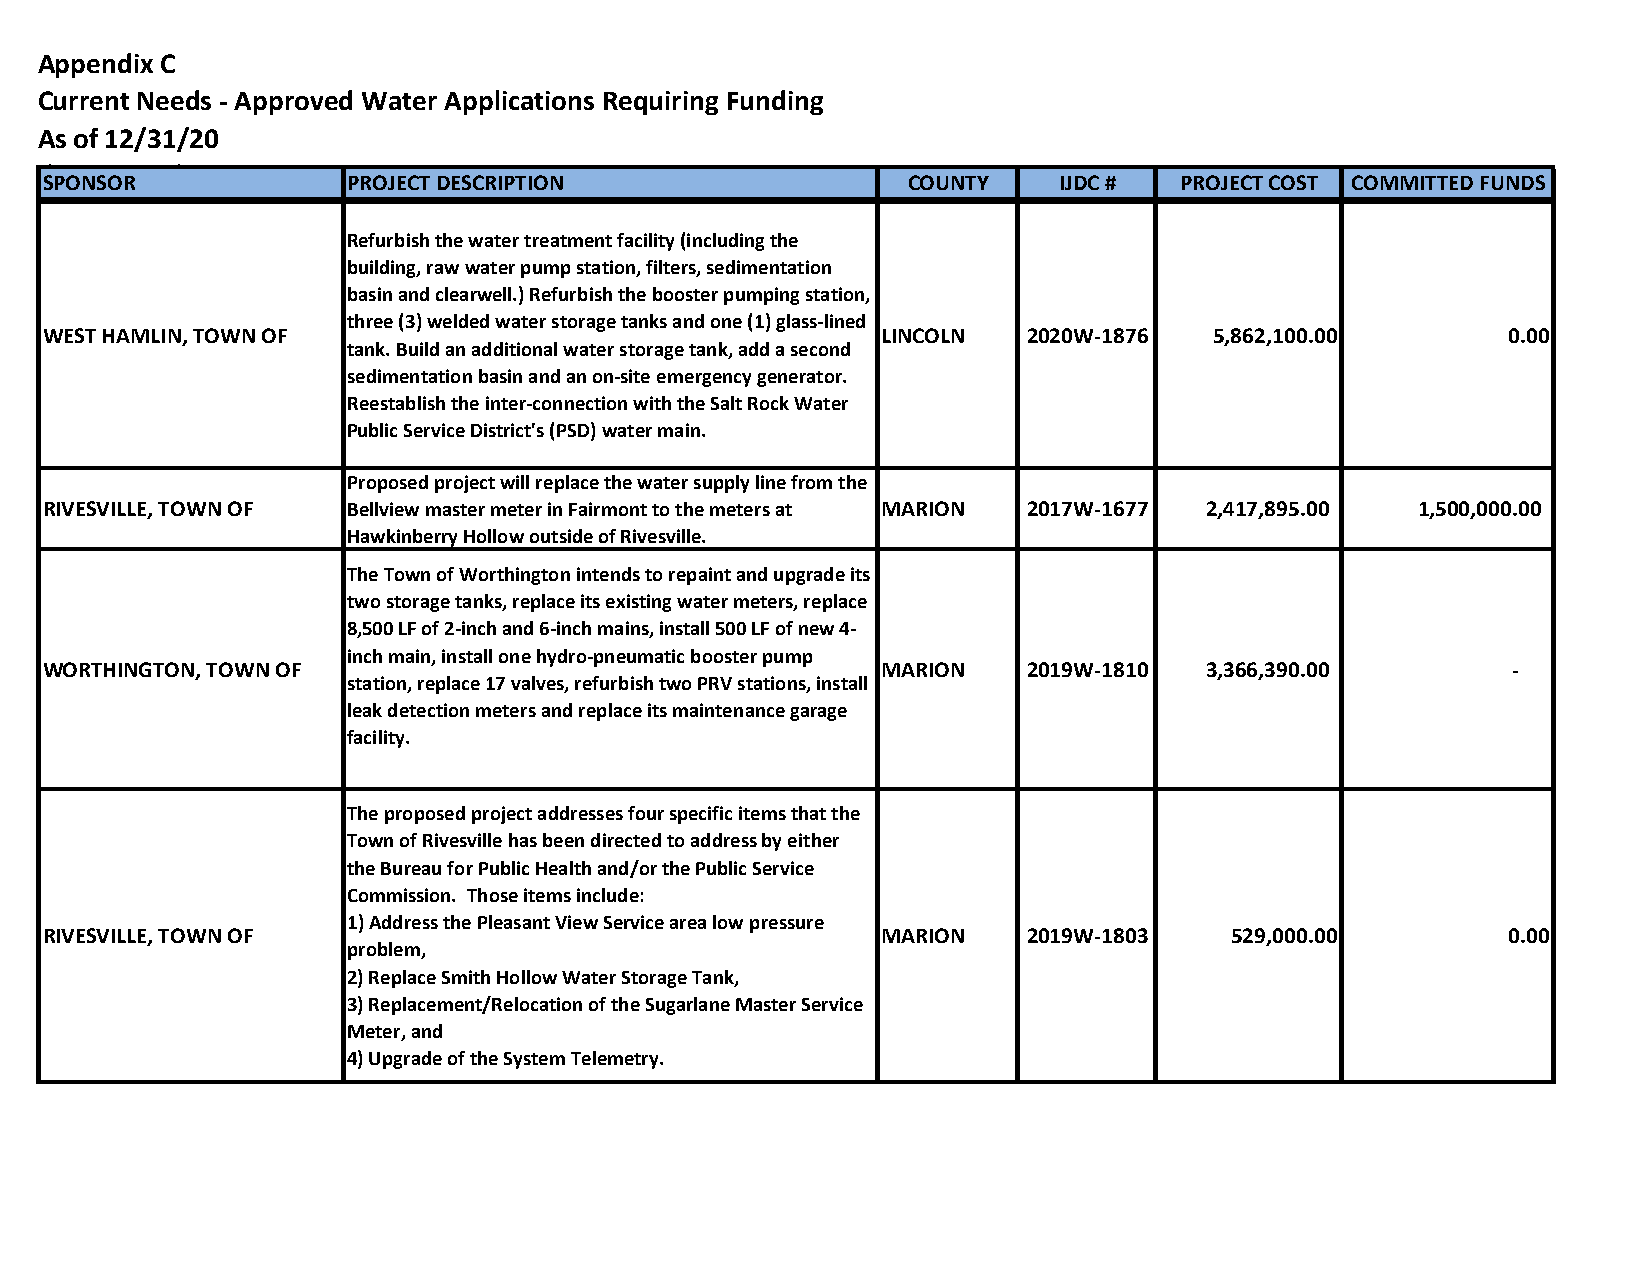
Appendix C
 Current Needs - Approved Water Applications Requiring Funding
 As of 12/31/20
 (By County)
 SPONSOR             PROJECT DESCRIPTION                  COUNTY    IJDC #  PROJECT COST COMMITTED FUNDS
 Refurbish the water treatment facility (including the
 building, raw water pump station, filters, sedimentation
 basin and clearwell.) Refurbish the booster pumping station,
 three (3) welded water storage tanks and one (1) glass-lined
 WEST HAMLIN, TOWN OF                                   LINCOLN   2020W-1876  5,862,100.00        0.00
 tank. Build an additional water storage tank, add a second
 sedimentation basin and an on-site emergency generator.
 Reestablish the inter-connection with the Salt Rock Water
 Public Service District's (PSD) water main.
 Proposed project will replace the water supply line from the
 RIVESVILLE, TOWN OF Bellview master meter in Fairmont to the meters at MARION 2017W-1677 2 ,417,895.00 1 ,500,000.00
 Hawkinberry Hollow outside of Rivesville.
 The Town of Worthington intends to repaint and upgrade its
 two storage tanks, replace its existing water meters, replace
 8,500 LF of 2-inch and 6-inch mains, install 500 LF of new 4-
 inch main, install one hydro-pneumatic booster pump
 WORTHINGTON, TOWN OF                                   MARION    2019W-1810  3 ,366,390.00       -
 station, replace 17 valves, refurbish two PRV stations, install
 leak detection meters and replace its maintenance garage
 facility.
 The proposed project addresses four specific items that the
 Town of Rivesville has been directed to address by either
 the Bureau for Public Health and/or the Public Service
 Commission. Those items include:
 1) Address the Pleasant View Service area low pressure
 RIVESVILLE, TOWN OF                                    MARION    2019W-1803   529,000.00         0.00
 problem,
 2) Replace Smith Hollow Water Storage Tank,
 3) Replacement/Relocation of the Sugarlane Master Service
 Meter, and
 4) Upgrade of the System Telemetry.